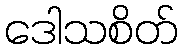
ဒေါသစိတ်